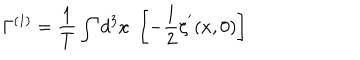
LaTeX: \Gamma ^ { ( 1 ) } = { \frac { 1 } { T } } \int d ^ { 3 } x \, \, \left[ - { \frac { 1 } { 2 } } \zeta ^ { ^ { \prime } } ( x , 0 ) \right]